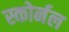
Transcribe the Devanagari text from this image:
स्कोर्नल